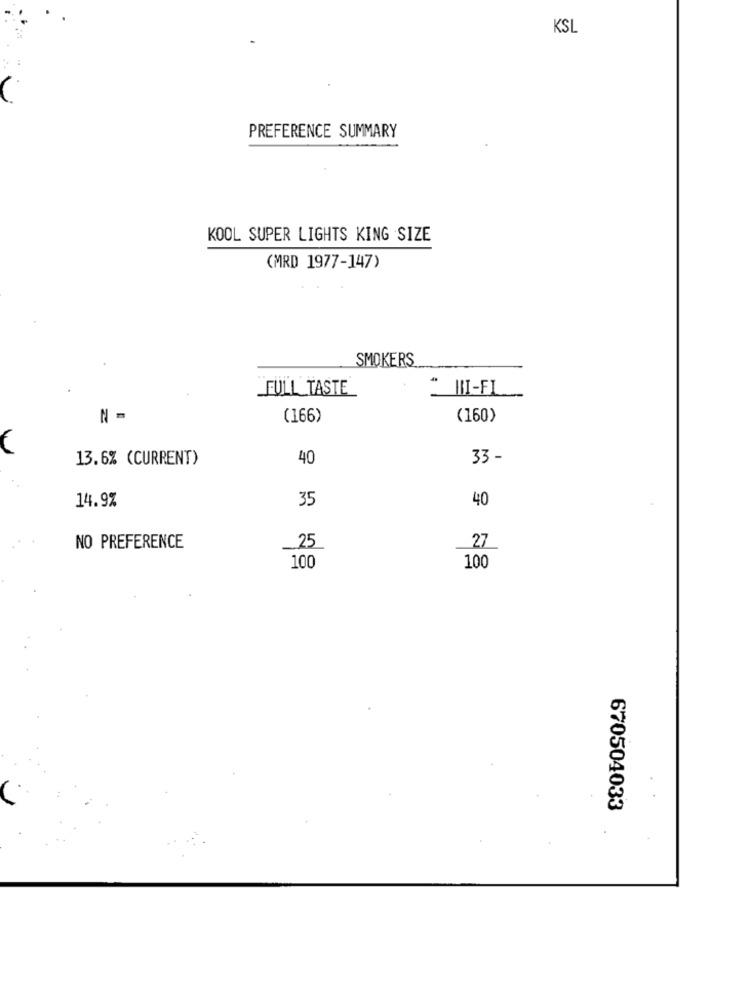
KSL
PREFERENCE SUMMARY
KOOL SUPER LIGHTS KING SIZE
(MRD 1977-147)
SMOKERS
FULL TASTE
HI-FI
N -
(166)
(160)
13.6% (CURRENT)
40
33 -
14.9%
35
40
NO PREFERENCE
_25
27
100
100
670504033